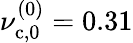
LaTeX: \nu_{\mathrm{c},0}^{(0)}=0.31